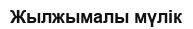
Жылжымалы мүлік